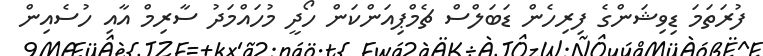
ފުރަތަމަ ޑިވިޝަންގެ ފިރިހެން ޑަބަލްސް ޗެމްޕިއަންކަން ހޯދީ މުހައްމަދު ސާރިމް އާއި ހުސެއިން